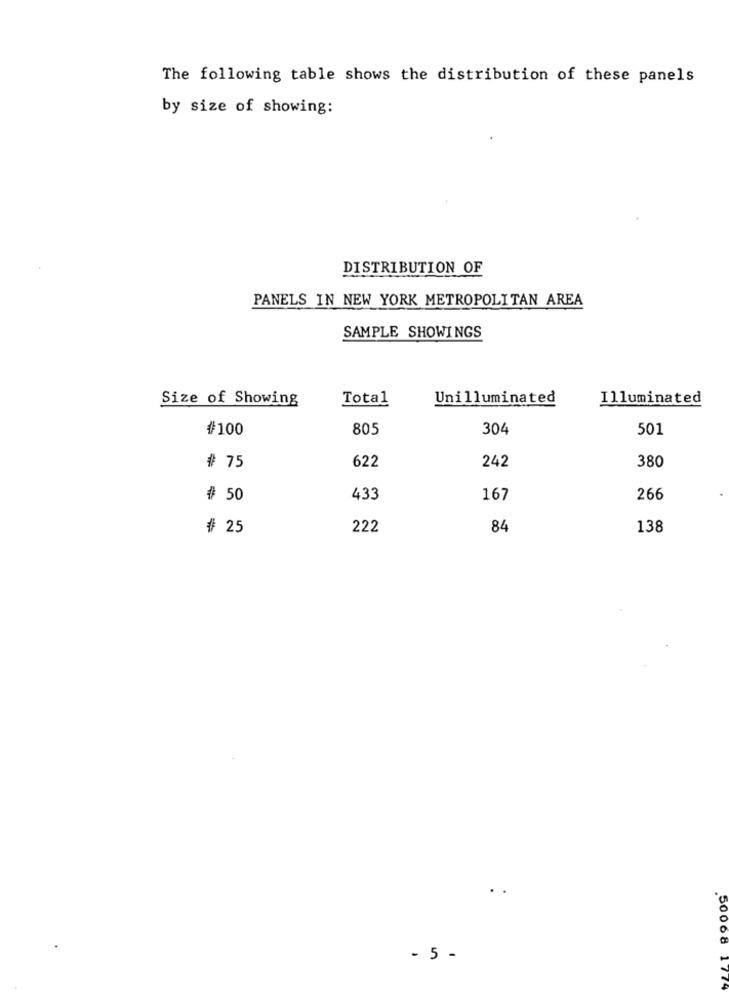
The following table shows the distribution of these panels
by size of showing:
DISTRIBUTION OF
PANELS IN NEW YORK METROPOLITAN AREA
SAMPLE SHOWINGS
Size of Showing
Total
Unilluminated
Illuminated
#100
805
304
501
622
242
380
# 75
# 50
433
167
266
# 25
222
84
138
- 5 -
50068 1774